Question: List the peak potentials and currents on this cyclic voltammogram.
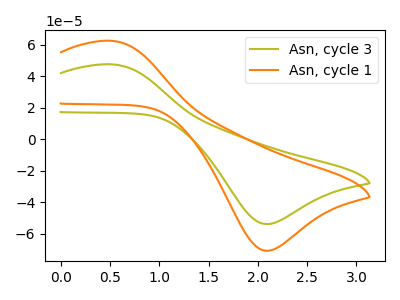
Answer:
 <answer>The olive curve "Asn, cycle 3" has an anodic peak at (0.50V, 47.55uA) and a cathodic peak at (2.10V, -53.95uA). The orange curve "Asn, cycle 1" has an anodic peak at (0.50V, 62.50uA) and a cathodic peak at (2.10V, -70.90uA).</answer>
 <eval></eval>